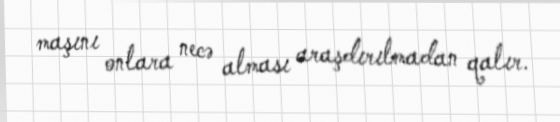
maşını onlara necə alması araşdırılmadan qalır.